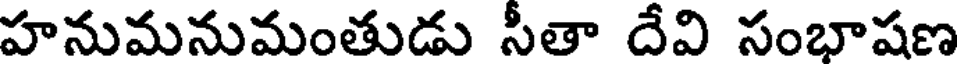
హనుమనుమంతుడు సీతా దేవి సంభాషణ